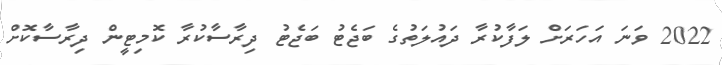
2022 ވަނަ އަހަރަށް ލަފާކުރާ ދައުލަތުގެ ބަޖެޓު ބަޖެޓު ދިރާސާކުރާ ކޮމިޓީން ދިރާސާކޮށް